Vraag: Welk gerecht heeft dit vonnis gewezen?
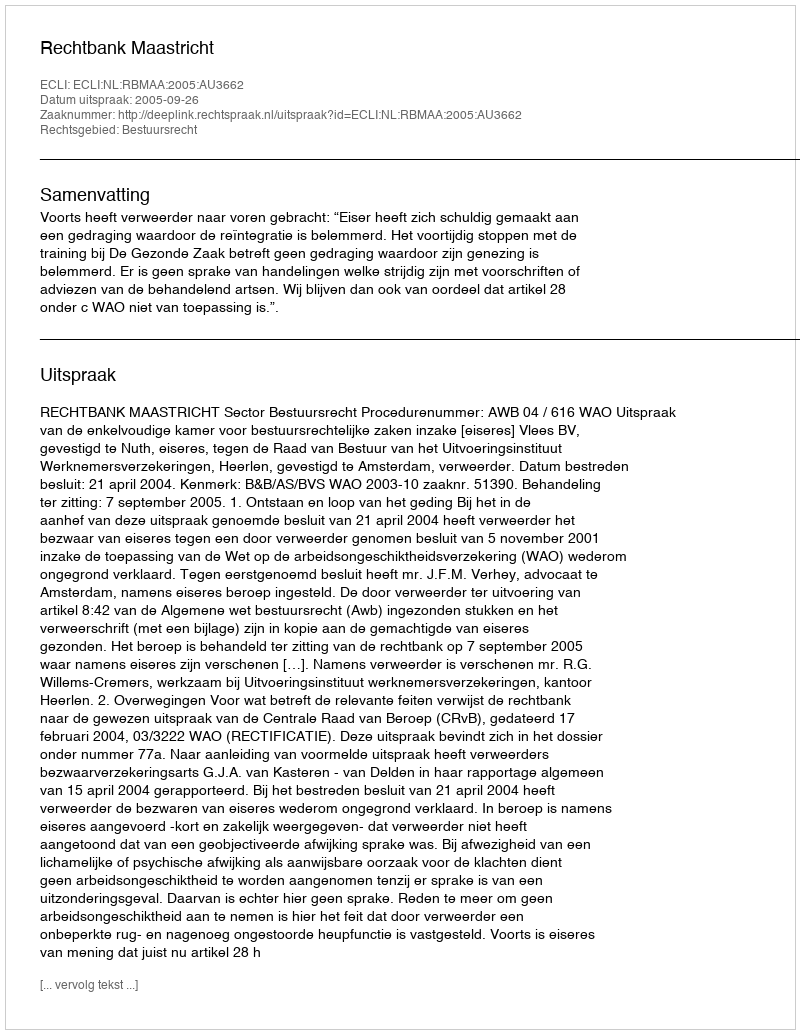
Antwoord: Rechtbank Maastricht